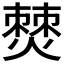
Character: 𤏡